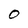
Character: O